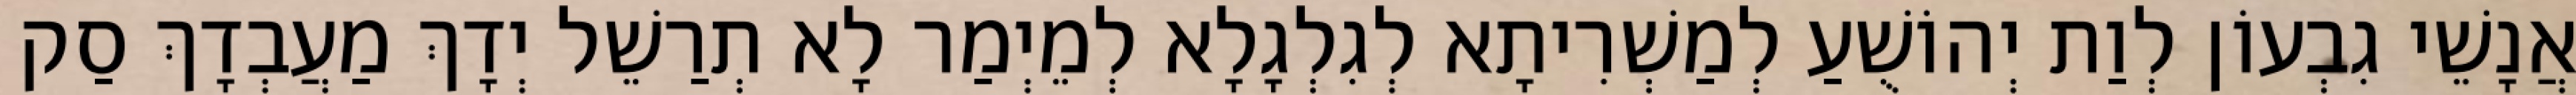
אֲנָשֵׁי גִבְעוֹן לְוַת יְהוֹשֻׁעַ לְמַשְׁרִיתָא לְגִלְגָלָא לְמֵיְמַר לָא תְרַשֵׁל יְדָךְ מַעֲבְדָךְ סַק